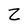
Character: Z